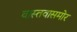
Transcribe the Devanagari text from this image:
वास्तवासमोर